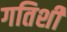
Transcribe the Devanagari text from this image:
गतिशी